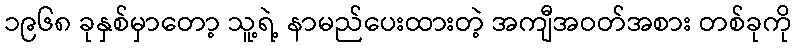
၁၉၆၈ ခုနှစ်မှာတော့ သူ့ရဲ့ နာမည်ပေးထားတဲ့ အကျီအဝတ်အစား တစ်ခုကို